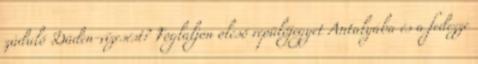
zúduló Düden-vízesést? Foglaljon olcsó repülőjegyet Antalyába és a fedezze